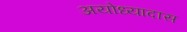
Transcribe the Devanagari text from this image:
अयोध्यादास